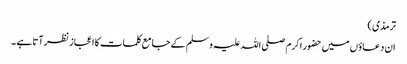
ترمذی )
ان دعاؤں میں حضور اکرم صلی اللہ علیہ وسلم کے جامع کلمات کا اعجاز نظر آتا ہے ۔